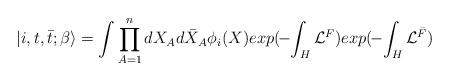
LaTeX: \begin{align*}|i, t ,{\bar t}; \beta \rangle = \int \prod_{A=1}^{n} dX_Ad{\bar X}_A \phi_i(X) exp(\!-\! \int_H {\cal L}^{F})exp(\!- \! \int_H {\cal L}^{\bar F})\end{align*}